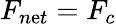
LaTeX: F_{n\mathrm{e}t}=F_{c}